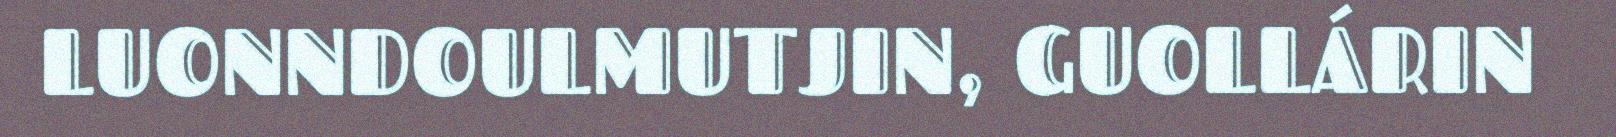
LUONNDOULMUTJIN, GUOLLÁRIN